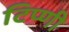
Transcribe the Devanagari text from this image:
टिप्णी